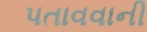
પતાવવાની